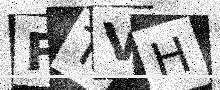
Text: FTVH